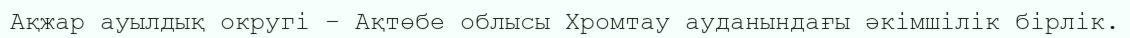
Ақжар ауылдық округі – Ақтөбе облысы Хромтау ауданындағы әкімшілік бірлік.